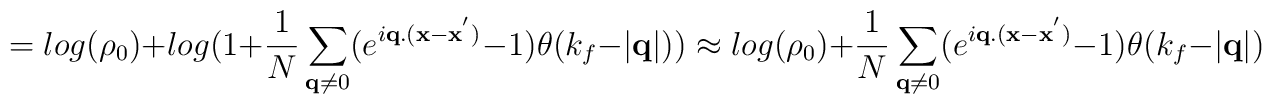
= log(\rho_{0}) + log(1 + \frac{1}{N}\sum_{ {\bf{q}} \neq 0 }(e^{i{\bf{q}}.({\bf{x}}-{\bf{x}}^{'})} - 1)\theta(k_{f} - |{\bf{q}}|)) \approx log(\rho_{0}) + \frac{1}{N}\sum_{ {\bf{q}} \neq 0 }(e^{i{\bf{q}}.({\bf{x}}-{\bf{x}}^{'})} - 1)\theta(k_{f} - |{\bf{q}}|)